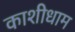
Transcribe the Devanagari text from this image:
काशीधाम